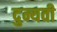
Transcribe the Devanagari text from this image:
दुन्यवी